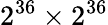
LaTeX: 2^{36}\times 2^{36}